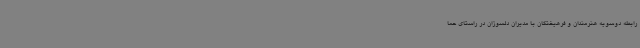
رابطه دوسویه هنرمندان و فرهیختگان با مدیران دلسوزان در راستای حما